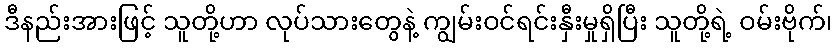
ဒီနည်းအားဖြင့် သူတို့ဟာ လုပ်သားတွေနဲ့ ကျွမ်းဝင်ရင်းနှီးမှုရှိပြီး သူတို့ရဲ့ ဝမ်းဗိုက်၊